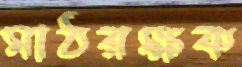
মাঠরক্ষক